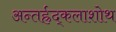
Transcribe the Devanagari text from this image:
अन्तर्ह्रद्कलाशोथ